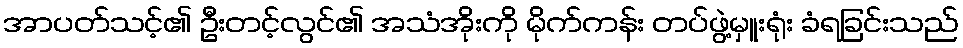
အာပတ်သင့်၏ ဦးတင့်လွင်၏ အသံအိုးကို မိုက်ကန်း တပ်ဖွဲ့မှူးရုံး ခံရခြင်းသည်